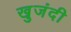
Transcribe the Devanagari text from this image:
खुजंदी